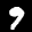
Label: 9